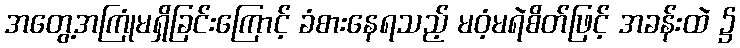
အတွေ့အကြုံမရှိခြင်းကြောင့် ခံစားနေရသည့် မဝံ့မရဲစိတ်ဖြင့် အခန်းထဲ ၌